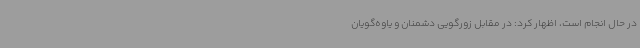
در حال انجام است، اظهار کرد: در مقابل زورگویی دشمنان و یاوه‌گویان